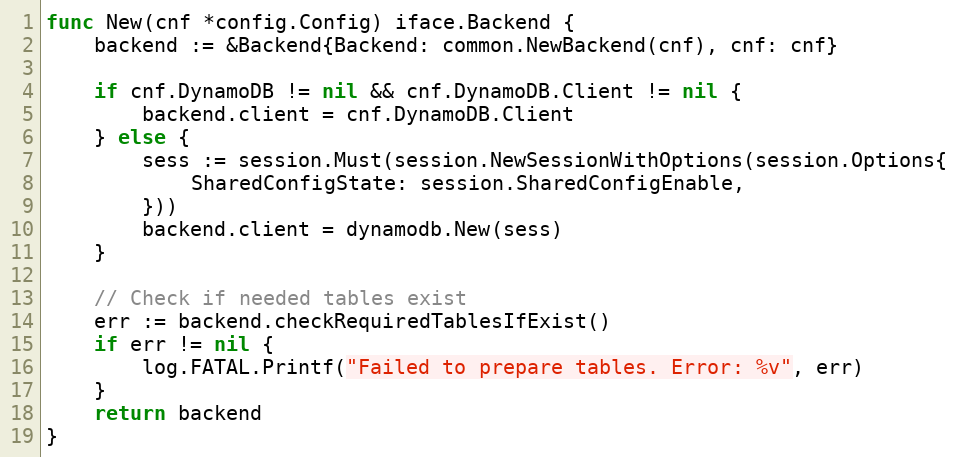
Language: Go
func New(cnf *config.Config) iface.Backend {
	backend := &Backend{Backend: common.NewBackend(cnf), cnf: cnf}

	if cnf.DynamoDB != nil && cnf.DynamoDB.Client != nil {
		backend.client = cnf.DynamoDB.Client
	} else {
		sess := session.Must(session.NewSessionWithOptions(session.Options{
			SharedConfigState: session.SharedConfigEnable,
		}))
		backend.client = dynamodb.New(sess)
	}

	// Check if needed tables exist
	err := backend.checkRequiredTablesIfExist()
	if err != nil {
		log.FATAL.Printf("Failed to prepare tables. Error: %v", err)
	}
	return backend
}